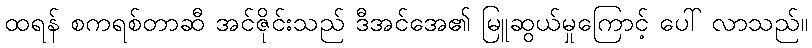
ထရန် စကရစ်တာဆီ အင်ဇိုင်းသည် ဒီအင်အေ၏ မြူဆွယ်မှုကြောင့် ပေါ် လာသည်။